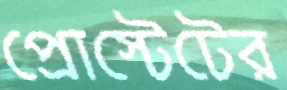
প্রোস্টেটের